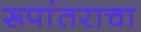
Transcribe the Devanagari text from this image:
रूपांतराचा